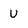
Character: U